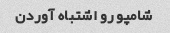
شامپو رو اشتباه آوردن